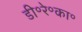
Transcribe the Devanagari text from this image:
डी॰रे॰का॰